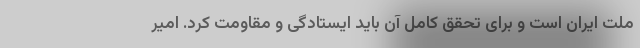
ملت ایران است و برای تحقق کامل آن باید ایستادگی و مقاومت کرد. امیر